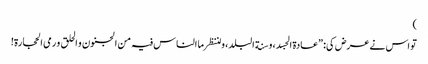
)
تو اس نے عرض کی: ”عادة الجسد، و سنة البلد، و لننظر ما الناس فیہ من الجنون و الحلق و رمی الحجارة!